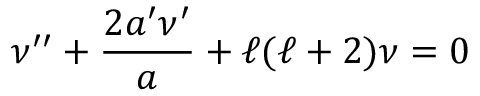
\nu ^ { \prime \prime } + \frac { 2 a ^ { \prime } \nu ^ { \prime } } { a } + \ell ( \ell + 2 ) \nu = 0